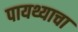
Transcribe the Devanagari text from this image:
पायथ्याचा